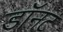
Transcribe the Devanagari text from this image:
डॉनट